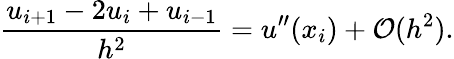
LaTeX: {\frac{u_{i+1}-2u_{i}+u_{i-1}}{h^{2}}}=u^{\prime\prime}(x_{i})+{\mathcal{O}}(h^{2}).